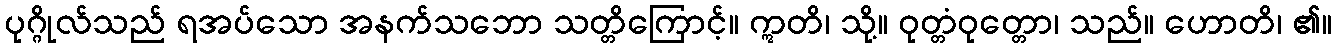
ပုဂ္ဂိုလ်သည် ရအပ်သော အနက်သဘော သတ္တိကြောင့်။ ဣတိ၊ သို့။ ဝုတ္တံဝုတ္တော၊ သည်။ ဟောတိ၊ ၏။